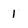
Character: 1